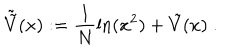
LaTeX: \tilde { \tilde { V } } ( x ) : = \frac { 1 } { N } \ln ( x ^ { 2 } ) + \tilde { V } ( x ) \; .